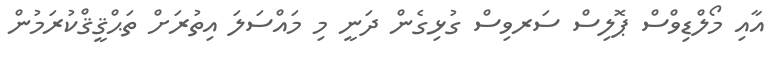
އާއި މޯލްޑިވްސް ޕޮލިސް ސަރވިސް ގުޅިގެން ދަނީ މި މައްސަލަ އިތުރަށް ތަޙްޤީޤްކުރަމުން